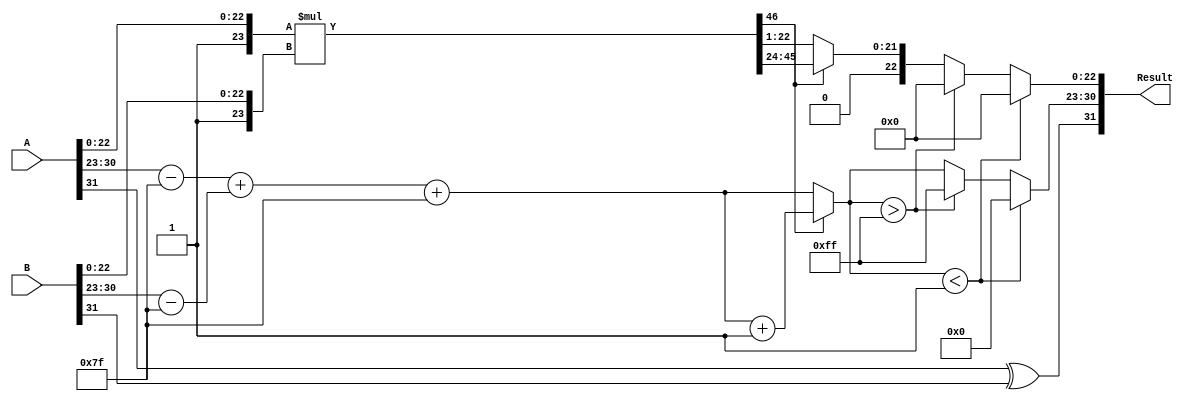
module floating_point_multiplier (
    input  wire [31:0] A, // First operand
    input  wire [31:0] B, // Second operand
    output reg  [31:0] Result // Result of the multiplication
);

    // Constants
    localparam BIAS = 8'd127;
    localparam EXPONENT_WIDTH = 8;
    localparam MANTISSA_WIDTH = 23;

    // Internal signals
    wire sign_a = A[31];
    wire sign_b = B[31];
    wire [EXPONENT_WIDTH-1:0] exp_a = A[30:23];
    wire [EXPONENT_WIDTH-1:0] exp_b = B[30:23];
    wire [MANTISSA_WIDTH:0] mant_a = {1'b1, A[22:0]}; // Prepend leading 1
    wire [MANTISSA_WIDTH:0] mant_b = {1'b1, B[22:0]}; // Prepend leading 1

    // Sign Calculation
    wire result_sign = sign_a ^ sign_b;

    // Exponent Calculation
    wire [EXPONENT_WIDTH+1:0] exp_result = (exp_a - BIAS) + (exp_b - BIAS) + BIAS;

    // Mantissa Calculation
    wire [MANTISSA_WIDTH*2:0] mant_result = mant_a * mant_b; // 24 * 24 = 48 bits

    // Normalization and rounding
    reg [MANTISSA_WIDTH-1:0] normalized_mantissa;
    reg [EXPONENT_WIDTH-1:0] final_exponent;
    reg overflow, underflow;

    always @* begin
        // Default values
        normalized_mantissa = 0;
        final_exponent = 0;
        overflow = 0;
        underflow = 0;

        // Check for overflow
        if (mant_result[MANTISSA_WIDTH*2]) begin // If the 49th bit is set
            normalized_mantissa = mant_result[MANTISSA_WIDTH*2-1:MANTISSA_WIDTH+1]; // Shift right
            final_exponent = exp_result + 1; // Increase exponent
        end else begin
            normalized_mantissa = mant_result[MANTISSA_WIDTH-1:1]; // Take the top 23 bits
            final_exponent = exp_result; // Use original exponent
        end

        // Check for underflow
        if (final_exponent < 1) begin
            underflow = 1;
            normalized_mantissa = 0;
            final_exponent = 0; // Set to zero for underflow
        end else if (final_exponent > 255) begin // Check for overflow in exponent
            overflow = 1;
            final_exponent = 255; // Set to max for overflow
            normalized_mantissa = 0; // Set mantissa to zero
        end

        // Assemble the result
        Result = {result_sign, final_exponent[EXPONENT_WIDTH-1:0], normalized_mantissa[MANTISSA_WIDTH-1:0]};
    end

endmodule